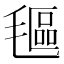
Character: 𬇅